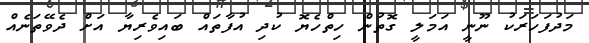
މަދުފަހަރަކު ނޫނީ އަމަލީ ގޮތުން ހިތްހެޔޮ ކުދި އުފާތައް ބައިވެރިޔާ އަށް ދެވޭތަނެއް